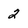
Character: 2